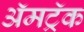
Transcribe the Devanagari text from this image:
ॲमट्रॅक